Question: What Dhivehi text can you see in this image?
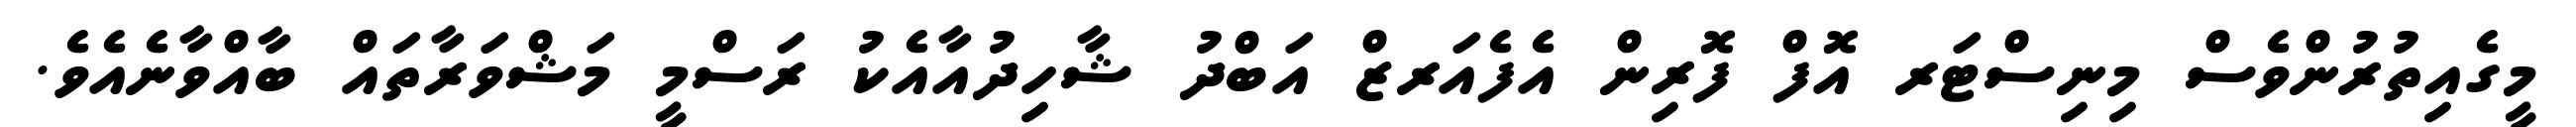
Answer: މީގެއިތުރުންވެސް މިނިސްޓަރ އޮފް ފޮރިން އެފެއަރޒް އަބްދު ޝާހިދުއާއެކު ރަސްމީ މަޝްވަރާތައް ބާއްވާނެއެވެ.